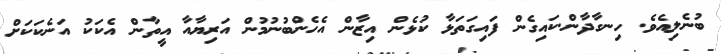
ބުނެލިއެވެ. ހިނގާދާން.ކައިގެން ފައިގަތަޅާ ކުޅެން އިޒާން އެހެންބުނުމުން އަރިޔާއާ އީތާން އެކަކު އަނެކަކަށް